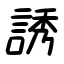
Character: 誘